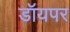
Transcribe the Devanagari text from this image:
डॉयपर